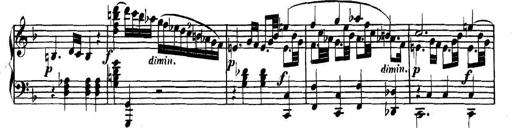
Title: Collected Piano Sonatas
Composer: Muzio Clementi